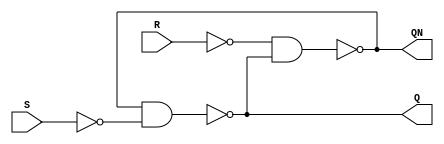
// This program was cloned from: https://github.com/regales/cpre281
// License: Apache License 2.0

// Copyright (C) 2023  Intel Corporation. All rights reserved.
// Your use of Intel Corporation's design tools, logic functions 
// and other software and tools, and any partner logic 
// functions, and any output files from any of the foregoing 
// (including device programming or simulation files), and any 
// associated documentation or information are expressly subject 
// to the terms and conditions of the Intel Program License 
// Subscription Agreement, the Intel Quartus Prime License Agreement,
// the Intel FPGA IP License Agreement, or other applicable license
// agreement, including, without limitation, that your use is for
// the sole purpose of programming logic devices manufactured by
// Intel and sold by Intel or its authorized distributors.  Please
// refer to the applicable agreement for further details, at
// https://fpgasoftware.intel.com/eula.

// PROGRAM		"Quartus Prime"
// VERSION		"Version 22.1std.1 Build 917 02/14/2023 SC Standard Edition"
// CREATED		"Fri Apr  5 12:37:45 2024"

module lab9step1b(
	S,
	R,
	Q,
	QN
);


input wire	S;
input wire	R;
output wire	Q;
output wire	QN;

wire	SYNTHESIZED_WIRE_0;
wire	SYNTHESIZED_WIRE_1;
wire	SYNTHESIZED_WIRE_2;
wire	SYNTHESIZED_WIRE_3;

assign	Q = SYNTHESIZED_WIRE_1;
assign	QN = SYNTHESIZED_WIRE_2;



assign	SYNTHESIZED_WIRE_2 = ~(SYNTHESIZED_WIRE_0 & SYNTHESIZED_WIRE_1);

assign	SYNTHESIZED_WIRE_1 = ~(SYNTHESIZED_WIRE_2 & SYNTHESIZED_WIRE_3);

assign	SYNTHESIZED_WIRE_3 =  ~S;

assign	SYNTHESIZED_WIRE_0 =  ~R;


endmodule